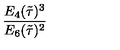
\frac { E _ { 4 } ( \tilde { \tau } ) ^ { 3 } } { E _ { 6 } ( \tilde { \tau } ) ^ { 2 } }